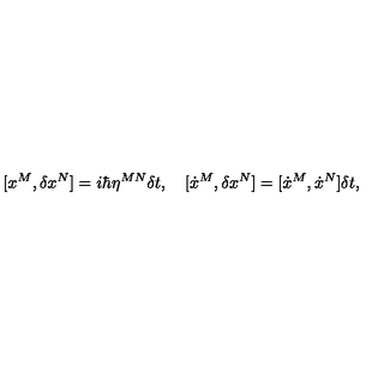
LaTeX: [ x ^ { M } , \delta x ^ { N } ] = i \hbar \eta ^ { M N } \delta t , \quad [ \dot { x } ^ { M } , \delta x ^ { N } ] = [ \dot { x } ^ { M } , \dot { x } ^ { N } ] \delta t ,